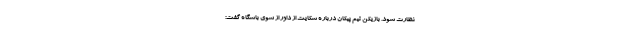
نظارت شود. بازیکن تیم پیکان درباره شکایت از داور از سوی باشگاه گفت: